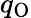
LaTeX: q_{\mathrm{O}}